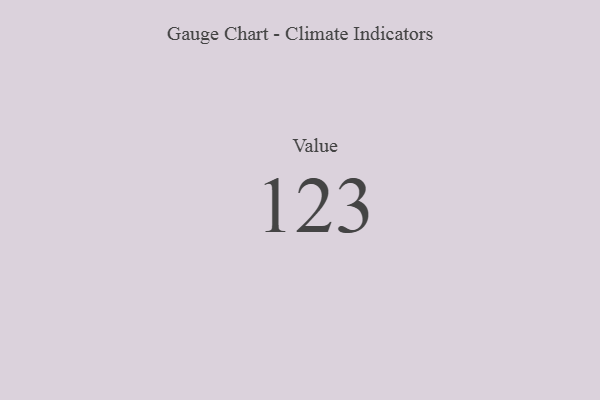
{"axis": {"x": "Metric", "y": "Value"}, "legend": [""], "data": [{"x": "Value", "y": 123, "type": ""}]}